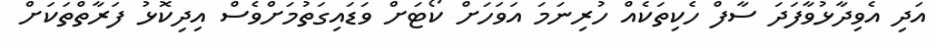
އަދި އެވިދާޅުވާފަދަ ސާފް ހެކިތަކެއް ހުރިނަމަ އަވަހަށް ކޯޓަށް ވަޑައިގަތުމަށްވެސް އިދިކޮޅު ފަރާތްތަކަށް